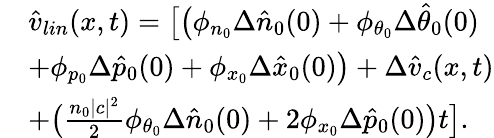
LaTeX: \begin{array}{rl}&{\hat{v}_{lin}(x,t)=\big[\big(\phi_{n_{0}}\Delta\hat{n}_{0}(0)+\phi_{\theta_{0}}\Delta\hat{\theta}_{0}(0)}\\ &{+\phi_{p_{0}}\Delta\hat{p}_{0}(0)+\phi_{x_{0}}\Delta\hat{x}_{0}(0)\big)+\Delta\hat{v}_{c}(x,t)}\\ &{+\big(\frac{n_{0}|c|^{2}}{2}\phi_{\theta_{0}}\Delta\hat{n}_{0}(0)+2\phi_{x_{0}}\Delta\hat{p}_{0}(0)\big)t\big].}\end{array}